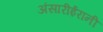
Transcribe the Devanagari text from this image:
अंसारीईरानी